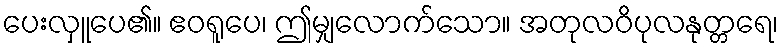
ပေးလှူပေ၏။ ဧဝရူပေ၊ ဤမျှလောက်သော။ အတုလဝိပုလနုတ္တရေ၊